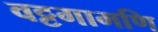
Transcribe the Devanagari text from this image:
वट्टगामणि